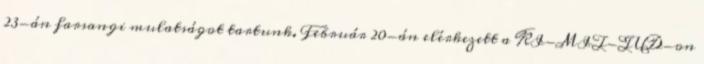
23-án farsangi mulatságot tartunk. Február 20-án elérkezett a KI-MIT-TUD-on